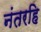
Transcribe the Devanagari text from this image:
नंतरहि